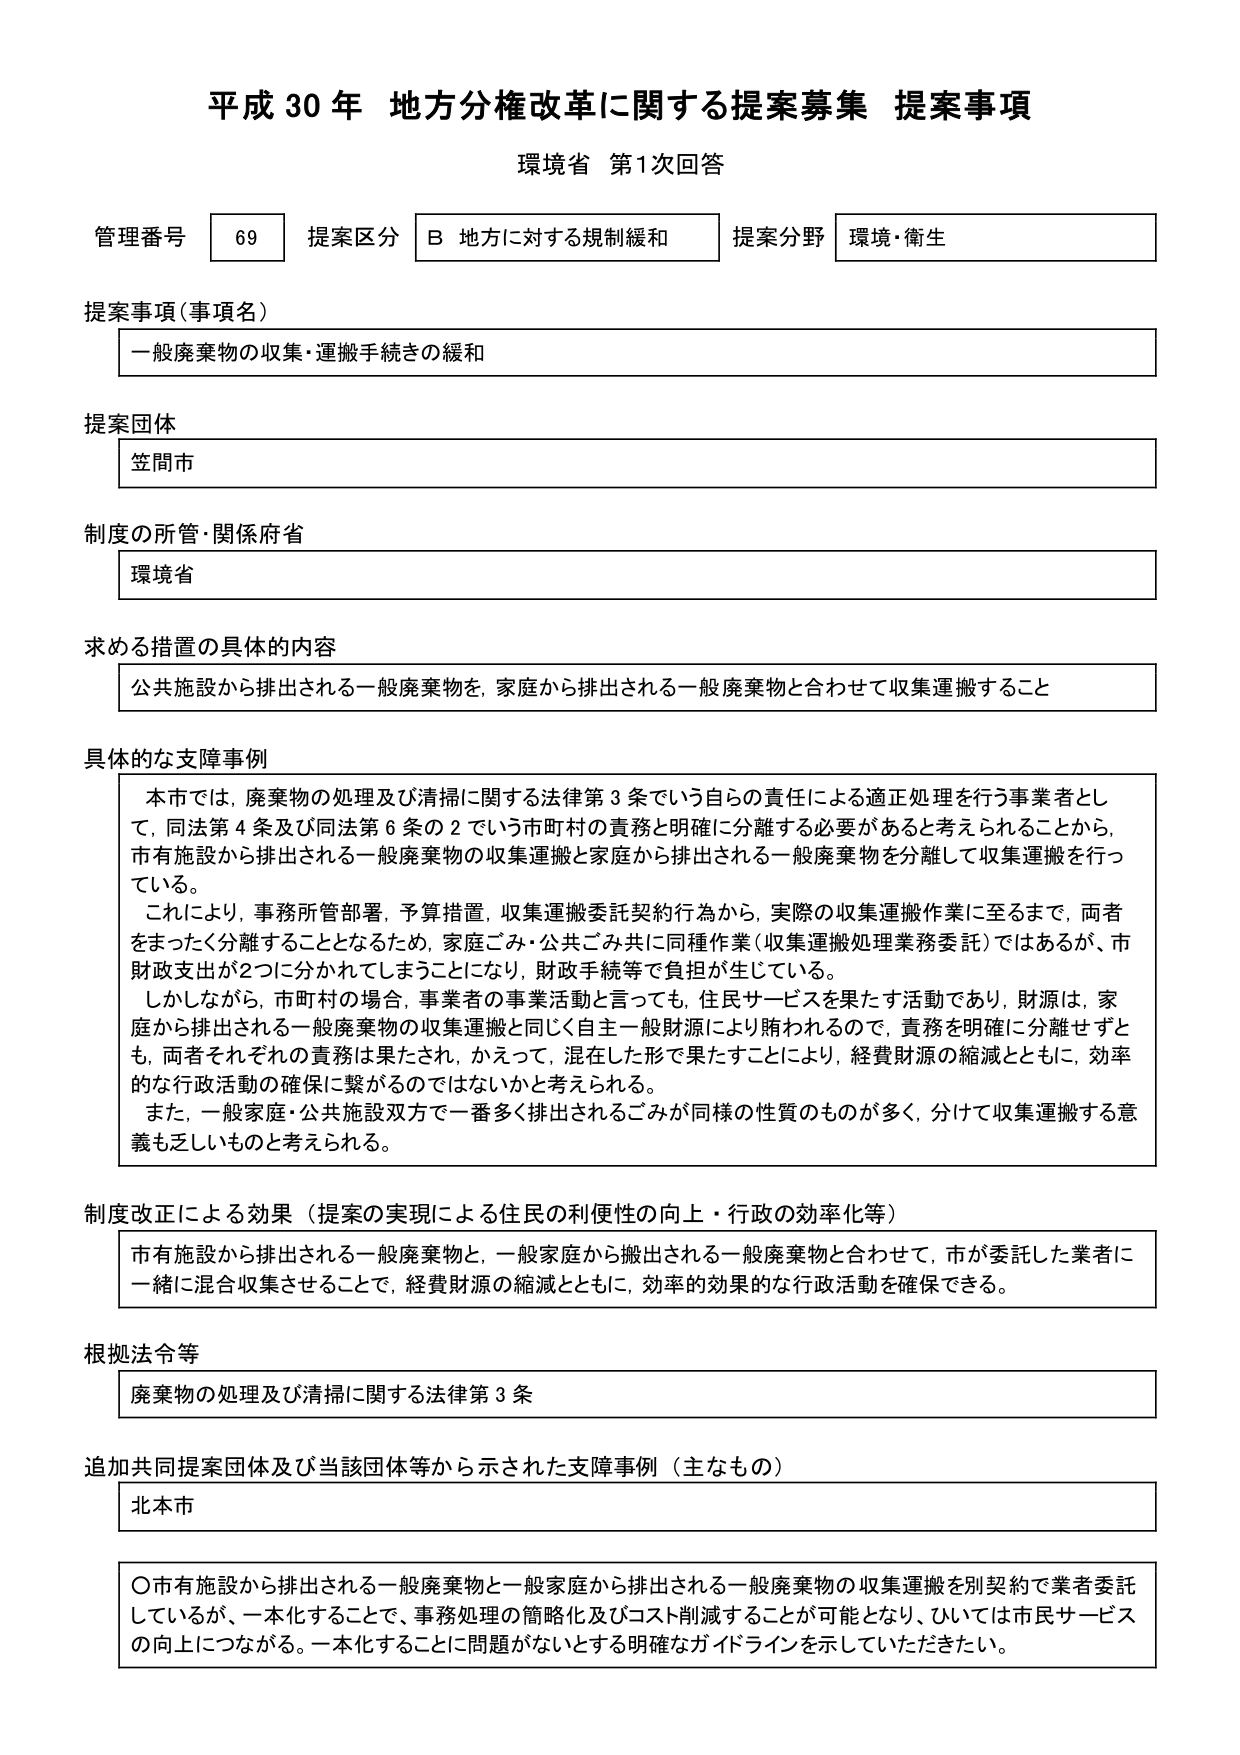
平成30年 地方分権改革に関する提案募集 提案事項
環境省 第1次回答

管理番号 69 提案区分 B 地方に対する規制緩和 提案分野 環境・衛生

提案事項（事項名）
一般廃棄物の収集・運搬手続きの緩和

提案団体
笠間市

制度の所管・関係府省
環境省

求める措置の具体的内容
公共施設から排出される一般廃棄物を、家庭から排出される一般廃棄物と合わせて収集運搬すること

具体的な支障事例
本市では、廃棄物の処理及び清掃に関する法律第3条でいう自らの責任による適正処理を行う事業者として、同法第4条及び同法第6条の2でいう市町村の責務と明確に分離する必要があると考えられることから、市有施設から排出される一般廃棄物の収集運搬と家庭から排出される一般廃棄物を分離して収集運搬を行っている。
これにより、事務所管部署、予算措置、収集運搬委託契約行為から、実際の収集運搬作業に至るまで、両者をまったく分離することとなるため、家庭ごみ・公共ごみ共に同種作業（収集運搬処理業務委託）ではあるが、市財政支出が2つに分かれてしまうことになり、財政手続等で負担が生じている。
しかしながら、市町村の場合、事業者の事業活動と言っても、住民サービスを果たす活動であり、財源は、家庭から排出される一般廃棄物の収集運搬と同じく自主一般財源により賄われるので、責務を明確に分離せずとも、両者それぞれの責務は果たされ、かえって、混在した形で果たすことにより、経費財源の縮減とともに、効率的な行政活動の確保に繋がるのではないかと考えられる。
また、一般家庭・公共施設双方で一番多く排出されるごみが同様の性質のものが多く、分けて収集運搬する意義も乏しいものと考えられる。

制度改正による効果（提案の実現による住民の利便性の向上・行政の効率化等）
市有施設から排出される一般廃棄物と、一般家庭から搬出される一般廃棄物と合わせて、市が委託した業者に一緒に混合収集させることで、経費財源の縮減とともに、効率的効果的な行政活動を確保できる。

根拠法令等
廃棄物の処理及び清掃に関する法律第3条

追加共同提案団体及び当該団体等から示された支障事例（主なもの）
北本市

〇市有施設から排出される一般廃棄物と一般家庭から排出される一般廃棄物の収集運搬を別契約で業者委託しているが、一本化することで、事務処理の簡略化及びコスト削減することが可能となり、ひいては市民サービスの向上につながる。一本化することに問題がないとする明確なガイドラインを示していただきたい。